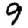
Digit: 9